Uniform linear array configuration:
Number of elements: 48
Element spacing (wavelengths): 1
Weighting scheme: exponential
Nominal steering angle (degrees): -60
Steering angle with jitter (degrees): -59.274
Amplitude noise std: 0.05
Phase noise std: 0.05

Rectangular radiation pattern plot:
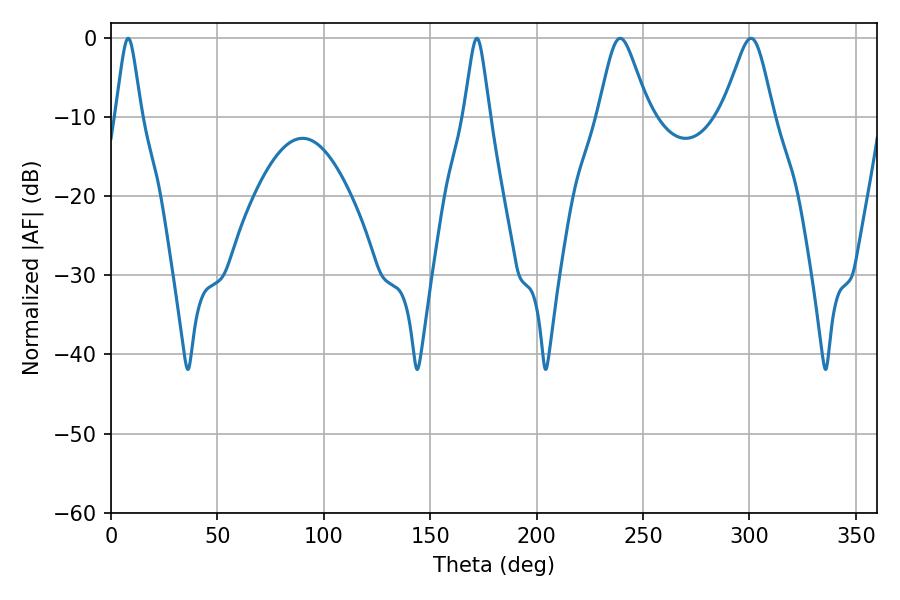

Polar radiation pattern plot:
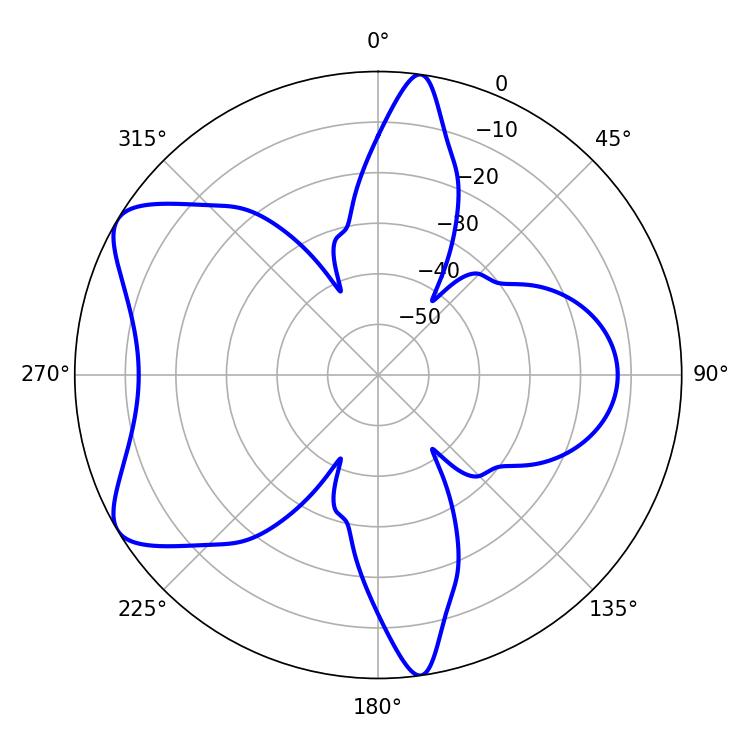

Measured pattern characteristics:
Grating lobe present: TRUE
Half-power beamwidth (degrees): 11.52
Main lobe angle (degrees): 239.22